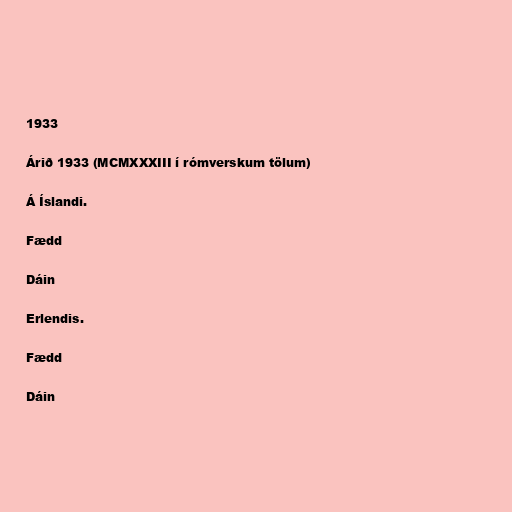
1933

Árið 1933 (MCMXXXIII í rómverskum tölum)

Á Íslandi.

Fædd

Dáin

Erlendis.

Fædd

Dáin